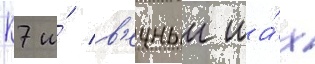
К7 и́ в'ечныи ша́х